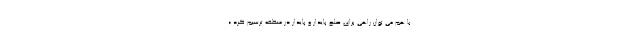
با هم می توان راهی برای صلح پایدار و پایدار در منطقه ترسیم کرد.»